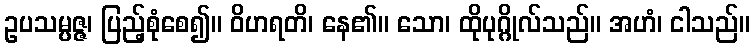
ဥပသမ္ပဇ္ဇ၊ ပြည့်စုံစေ၍။ ဝိဟရတိ၊ နေ၏။ သော၊ ထိုပုဂ္ဂိုလ်သည်။ အဟံ၊ ငါသည်။